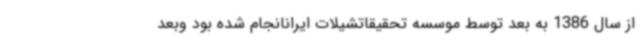
از سال 1386 به بعد توسط موسسه تحقیقاتشیلات ایرانانجام شده بود وبعد